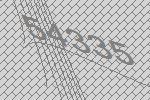
54335